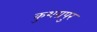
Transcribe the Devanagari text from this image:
कुशग्रपुर